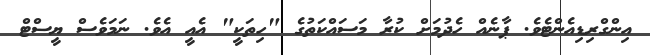
އިންގްރިޑިއެންޓެވެ. ޕާނެއް ހެދުމަށް ކުރާ މަސައްކަތުގެ "ހިތަކީ" އެއީ އެވެ. ނަމަވެސް ޔީސްޓް